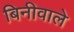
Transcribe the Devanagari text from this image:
बिनीवाले